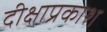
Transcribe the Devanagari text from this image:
दीक्षाप्रकाश